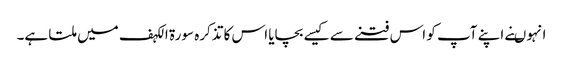
انہو ںنے اپنے آپ کو اس فتنے سے کیسے بچایا اس کا تذکرہ سورة الکہف میں ملتا ہے۔